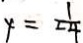
y = \frac { 1 } { 2 4 }